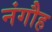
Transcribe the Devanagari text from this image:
नंगौह